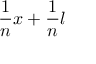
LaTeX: { \frac { 1 } { n } } x + { \frac { 1 } { n } } l